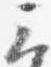
云